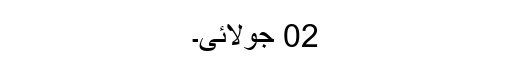
02 جولائی۔